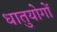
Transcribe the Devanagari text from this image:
धातुयोगों